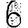
Digit: 6